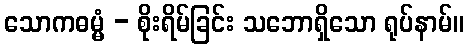
သောကဓမ္မံ - စိုးရိမ်ခြင်း သဘောရှိသော ရုပ်နာမ်။